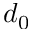
d _ { 0 }